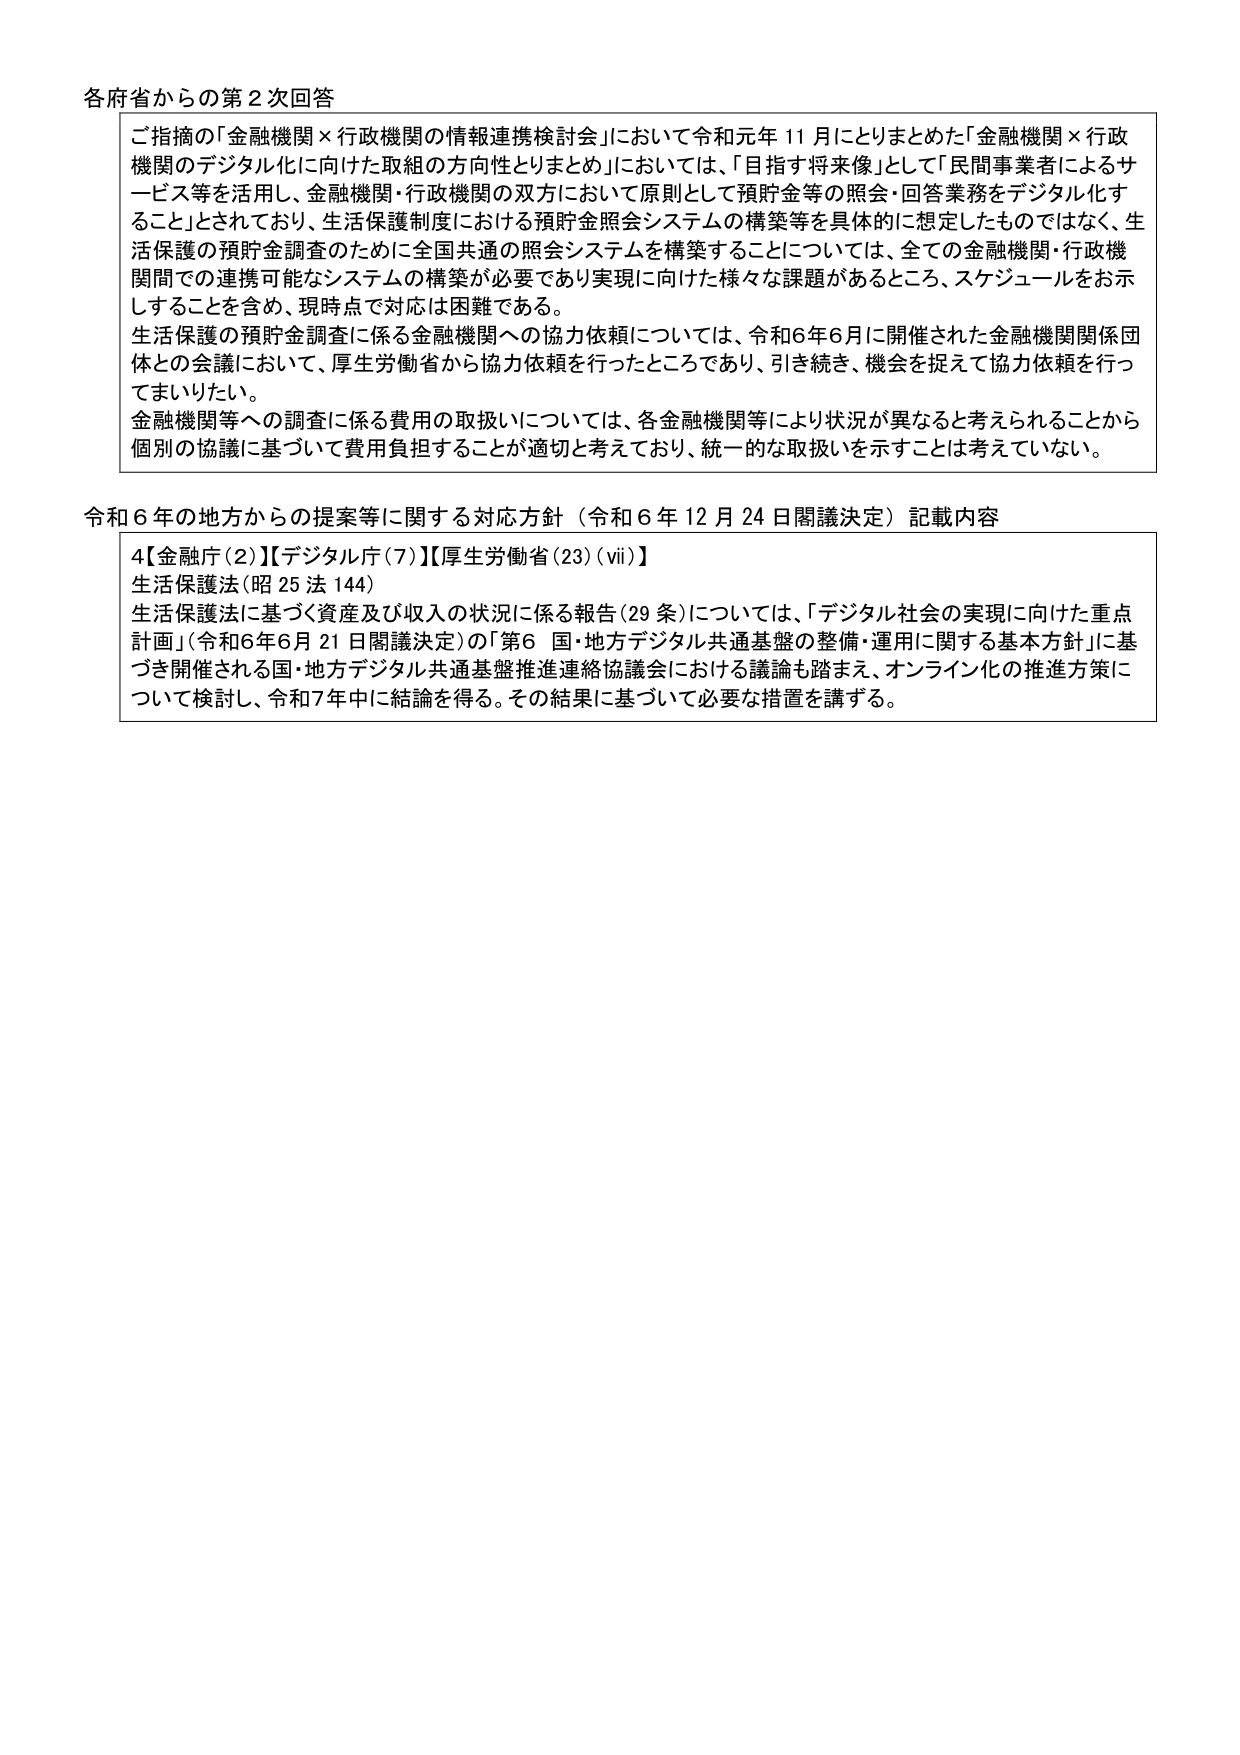
各府省からの第2次回答

ご指摘の「金融機関×行政機関の情報連携検討会」において令和元年11月にとりまとめた「金融機関×行政機関のデジタル化に向けた取組の方向性とりまとめ」においては、「目指す将来像」として「民間事業者によるサービス等を活用し、金融機関・行政機関の双方において原則として預貯金等の照会・回答業務をデジタル化すること」とされており、生活保護制度における預貯金照会システムの構築等を具体的に想定したものではなく、生活保護の預貯金調査のために全国共通の照会システムを構築することについては、全ての金融機関・行政機関間での連携可能なシステムの構築が必要であり実現に向けた様々な課題があるところ、スケジュールをお示しすることを含め、現時点で対応は困難である。

生活保護の預貯金調査に係る金融機関への協力依頼については、令和6年6月に開催された金融機関関係団体との会議において、厚生労働省から協力依頼を行ったところであり、引き続き、機会を捉えて協力依頼を行ってまいりたい。

金融機関等への調査に係る費用の取扱いについては、各金融機関等により状況が異なると考えられることから個別の協議に基づいて費用負担することが適切と考えており、統一的な取扱いを示すことは考えていない。

令和6年の地方からの提案等に関する対応方針（令和6年12月24日閣議決定）記載内容

4【金融庁(2)】【デジタル庁(7)】【厚生労働省(23)(vii)】
生活保護法（昭25法144）
生活保護法に基づく資産及び収入の状況に係る報告（29条）については、「デジタル社会の実現に向けた重点計画」（令和6年6月21日閣議決定）の「第6 国・地方デジタル共通基盤の整備・運用に関する基本方針」に基づき開催される国・地方デジタル共通基盤推進連絡協議会における議論も踏まえ、オンライン化の推進方策について検討し、令和7年中に結論を得る。その結果に基づいて必要な措置を講ずる。